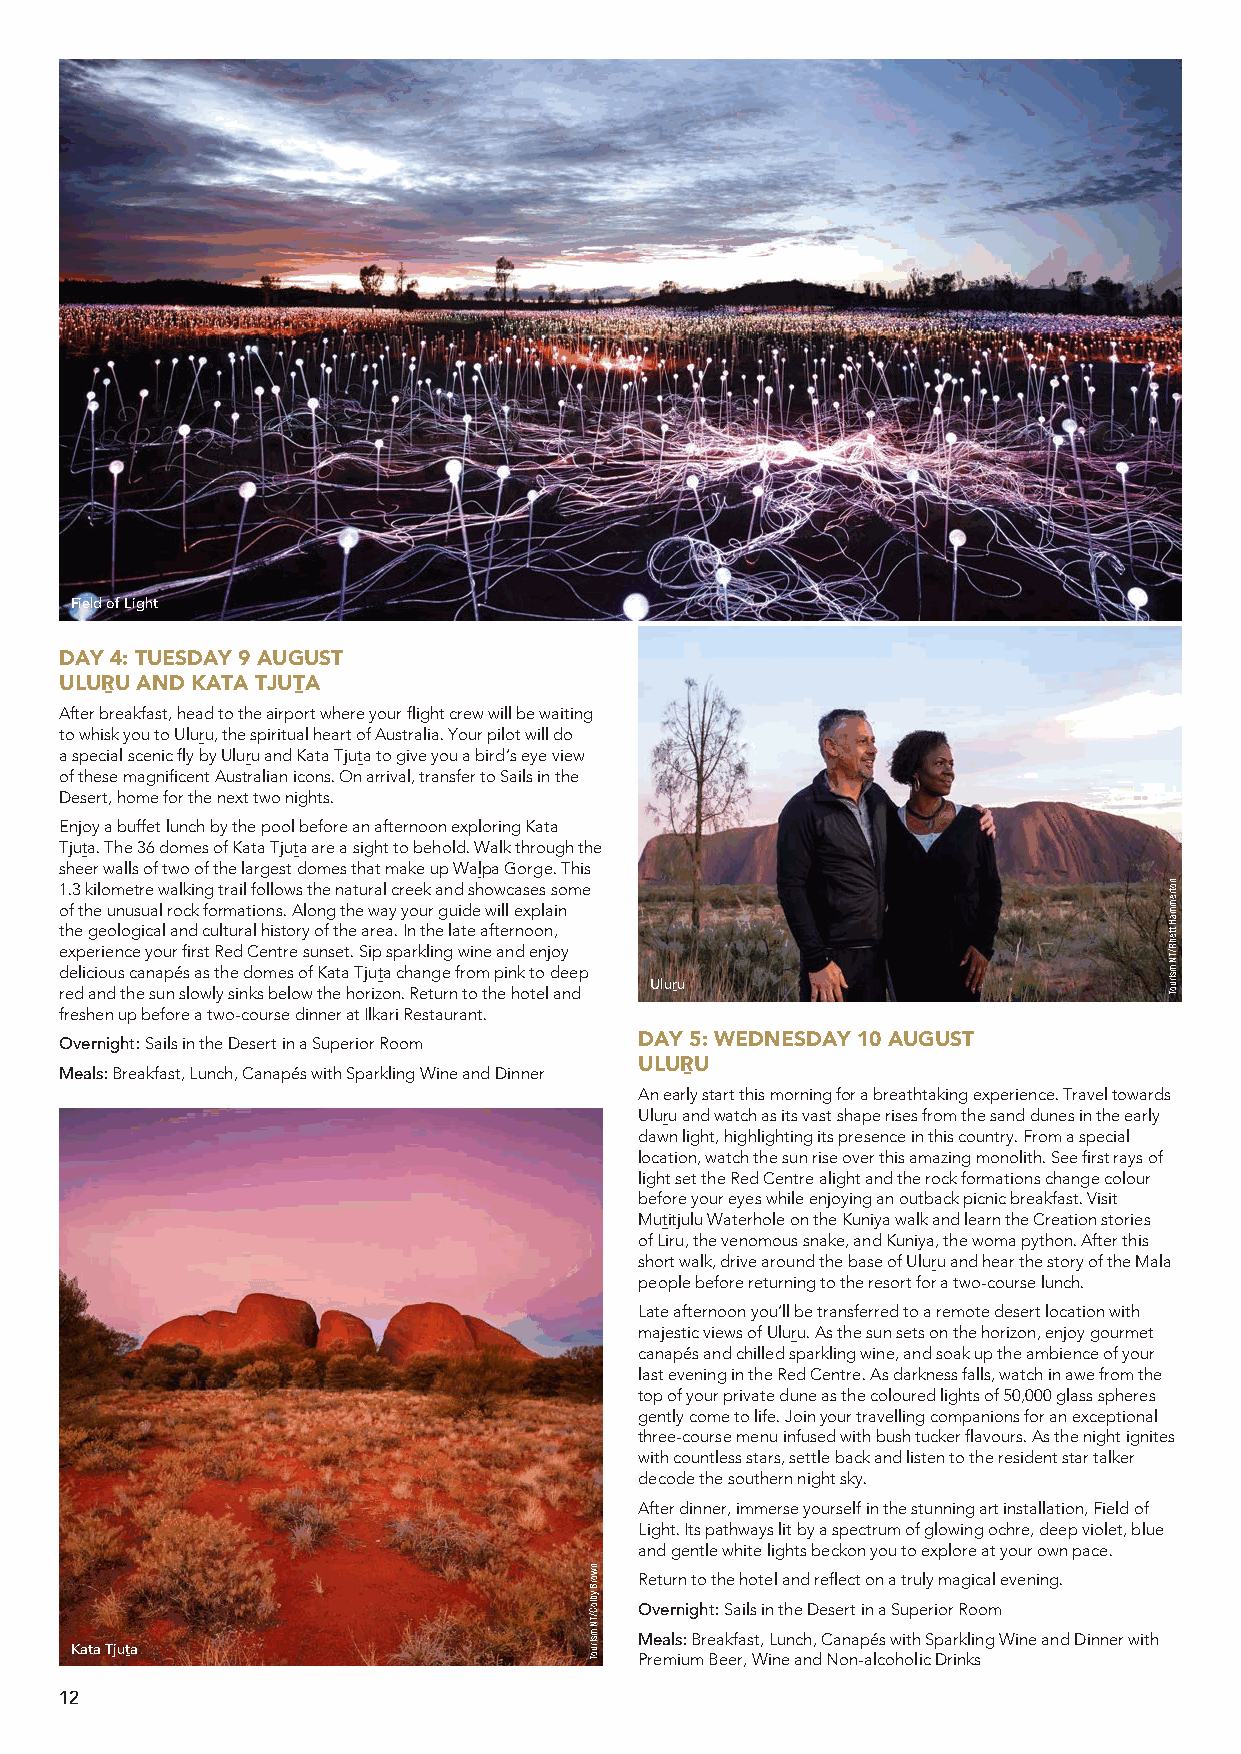
Field of Light
 DAY 4: TUESDAY 9 AUGUST
 ULUṞU AND KATA TJUṮA
 After breakfast, head to the airport where your flight crew will be waiting
 to whisk you to Uluru, the spiritual heart of Australia. Your pilot will do
 a special scenic fly by Uluru and Kata Tjuta to give you a bird’s eye view
 of these magnificent Australian icons. On arrival, transfer to Sails in the
 Desert, home for the next two nights.
 Enjoy a buffet lunch by the pool before an afternoon exploring Kata
 Tjuta. The 36 domes of Kata Tjuta are a sight to behold. Walk through the
 sheer walls of two of the largest domes that make up Walpa Gorge. This
 1.3 kilometre walking trail follows the natural creek and showcases some
 of the unusual rock formations. Along the way your guide will explain
 the geological and cultural history of the area. In the late afternoon,
 experience your first Red Centre sunset. Sip sparkling wine and enjoy
 delicious canapés as the domes of Kata Tjuta change from pink to deep
 red and the sun slowly sinks below the horizon. Return to the hotel and Uluṟu
 freshen up before a two-course dinner at Ilkari Restaurant.
 Overnight: Sails in the Desert in a Superior Room DAY 5: WEDNESDAY 10 AUGUST
 ULUṞU
 Meals: Breakfast, Lunch, Canapés with Sparkling Wine and Dinner
 An early start this morning for a breathtaking experience. Travel towards
 Uluru and watch as its vast shape rises from the sand dunes in the early
 dawn light, highlighting its presence in this country. From a special
 location, watch the sun rise over this amazing monolith. See first rays of
 light set the Red Centre alight and the rock formations change colour
 before your eyes while enjoying an outback picnic breakfast. Visit
 Mutitjulu Waterhole on the Kuniya walk and learn the Creation stories
 of Liru, the venomous snake, and Kuniya, the woma python. After this
 short walk, drive around the base of Uluru and hear the story of the Mala
 people before returning to the resort for a two-course lunch.
 Late afternoon you’ll be transferred to a remote desert location with
 majestic views of Uluru. As the sun sets on the horizon, enjoy gourmet
 canapés and chilled sparkling wine, and soak up the ambience of your
 last evening in the Red Centre. As darkness falls, watch in awe from the
 top of your private dune as the coloured lights of 50,000 glass spheres
 gently come to life. Join your travelling companions for an exceptional
 three-course menu infused with bush tucker flavours. As the night ignites
 with countless stars, settle back and listen to the resident star talker
 decode the southern night sky.
 After dinner, immerse yourself in the stunning art installation, Field of
 Light. Its pathways lit by a spectrum of glowing ochre, deep violet, blue
 and gentle white lights beckon you to explore at your own pace.
 Return to the hotel and reflect on a truly magical evening.
 Overnight: Sails in the Desert in a Superior Room
 Meals: Breakfast, Lunch, Canapés with Sparkling Wine and Dinner with
 Kata Tjuṯa
 Premium Beer, Wine and Non-alcoholic Drinks
 12
 nworB
 ybloC/TN
 msiruoT
 notremmaH
 ttehR/TN
 msiruoT